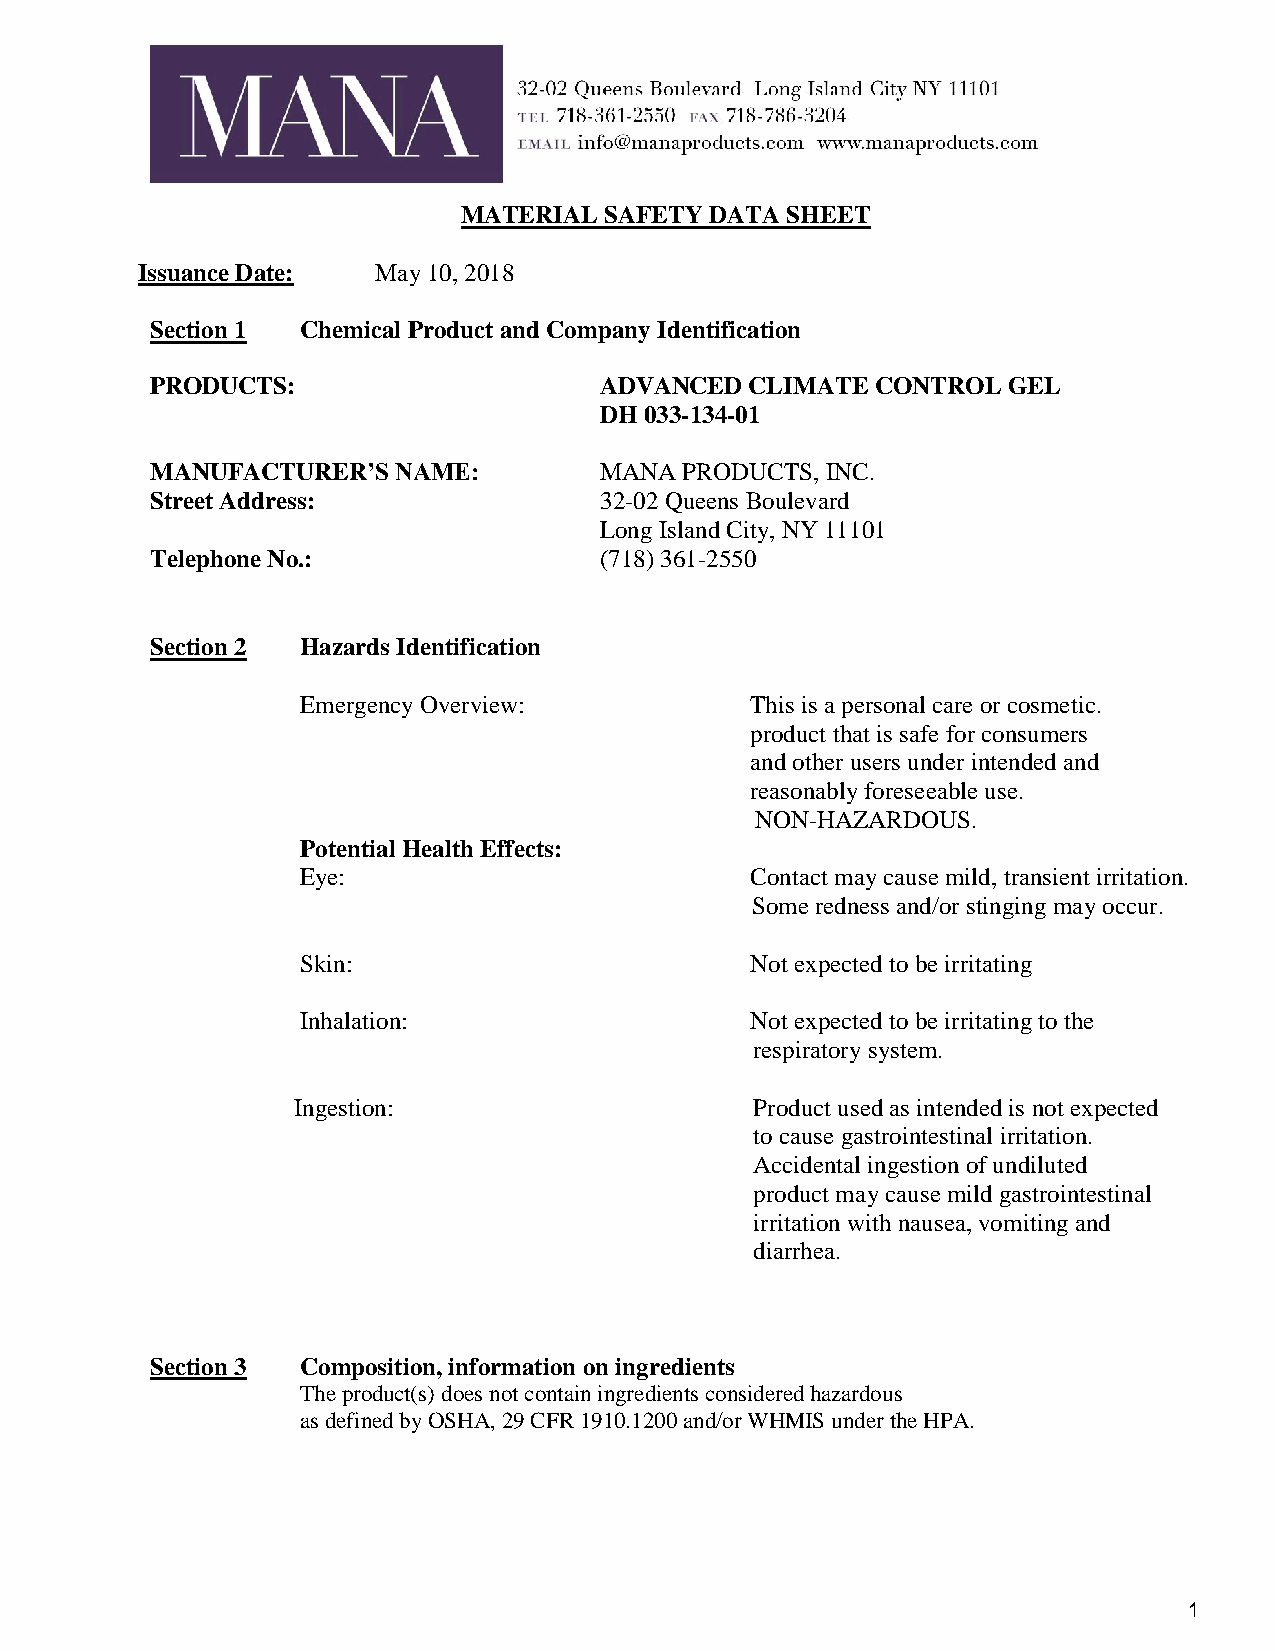
MATERIAL SAFETY DATA SHEET
 Issuance Date:  May 10, 2018
 Section 1 Chemical Product and Company Identification
 PRODUCTS:                     ADVANCED  CLIMATE CONTROL  GEL
 DH 033-134-01
 MANUFACTURER’S  NAME:         MANA PRODUCTS, INC.
 Street Address:               32-02 Queens Boulevard
 Long Island City, NY 11101
 Telephone No.:                (718) 361-2550
 Section 2 Hazards Identification
 Emergency Overview:           This is a personal care or cosmetic.
 product that is safe for consumers
 and other users under intended and
 reasonably foreseeable use.
 NON-HAZARDOUS.
 Potential Health Effects:
 Eye:                          Contact may cause mild, transient irritation.
 Some redness and/or stinging may occur.
 Skin:                         Not expected to be irritating
 Inhalation:                   Not expected to be irritating to the
 respiratory system.
 Ingestion:                     Product used as intended is not expected
 to cause gastrointestinal irritation.
 Accidental ingestion of undiluted
 product may cause mild gastrointestinal
 irritation with nausea, vomiting and
 diarrhea.
 Section 3 Composition, information on ingredients
 The product(s) does not contain ingredients considered hazardous
 as defined by OSHA, 29 CFR 1910.1200 and/or WHMIS under the HPA.
 1